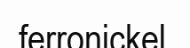
ferronickel